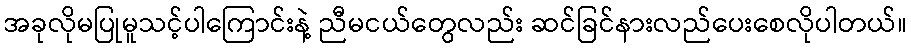
အခုလိုမပြုမူသင့်ပါကြောင်းနဲ့ ညီမငယ်တွေလည်း ဆင်ခြင်နားလည်ပေးစေလိုပါတယ်။